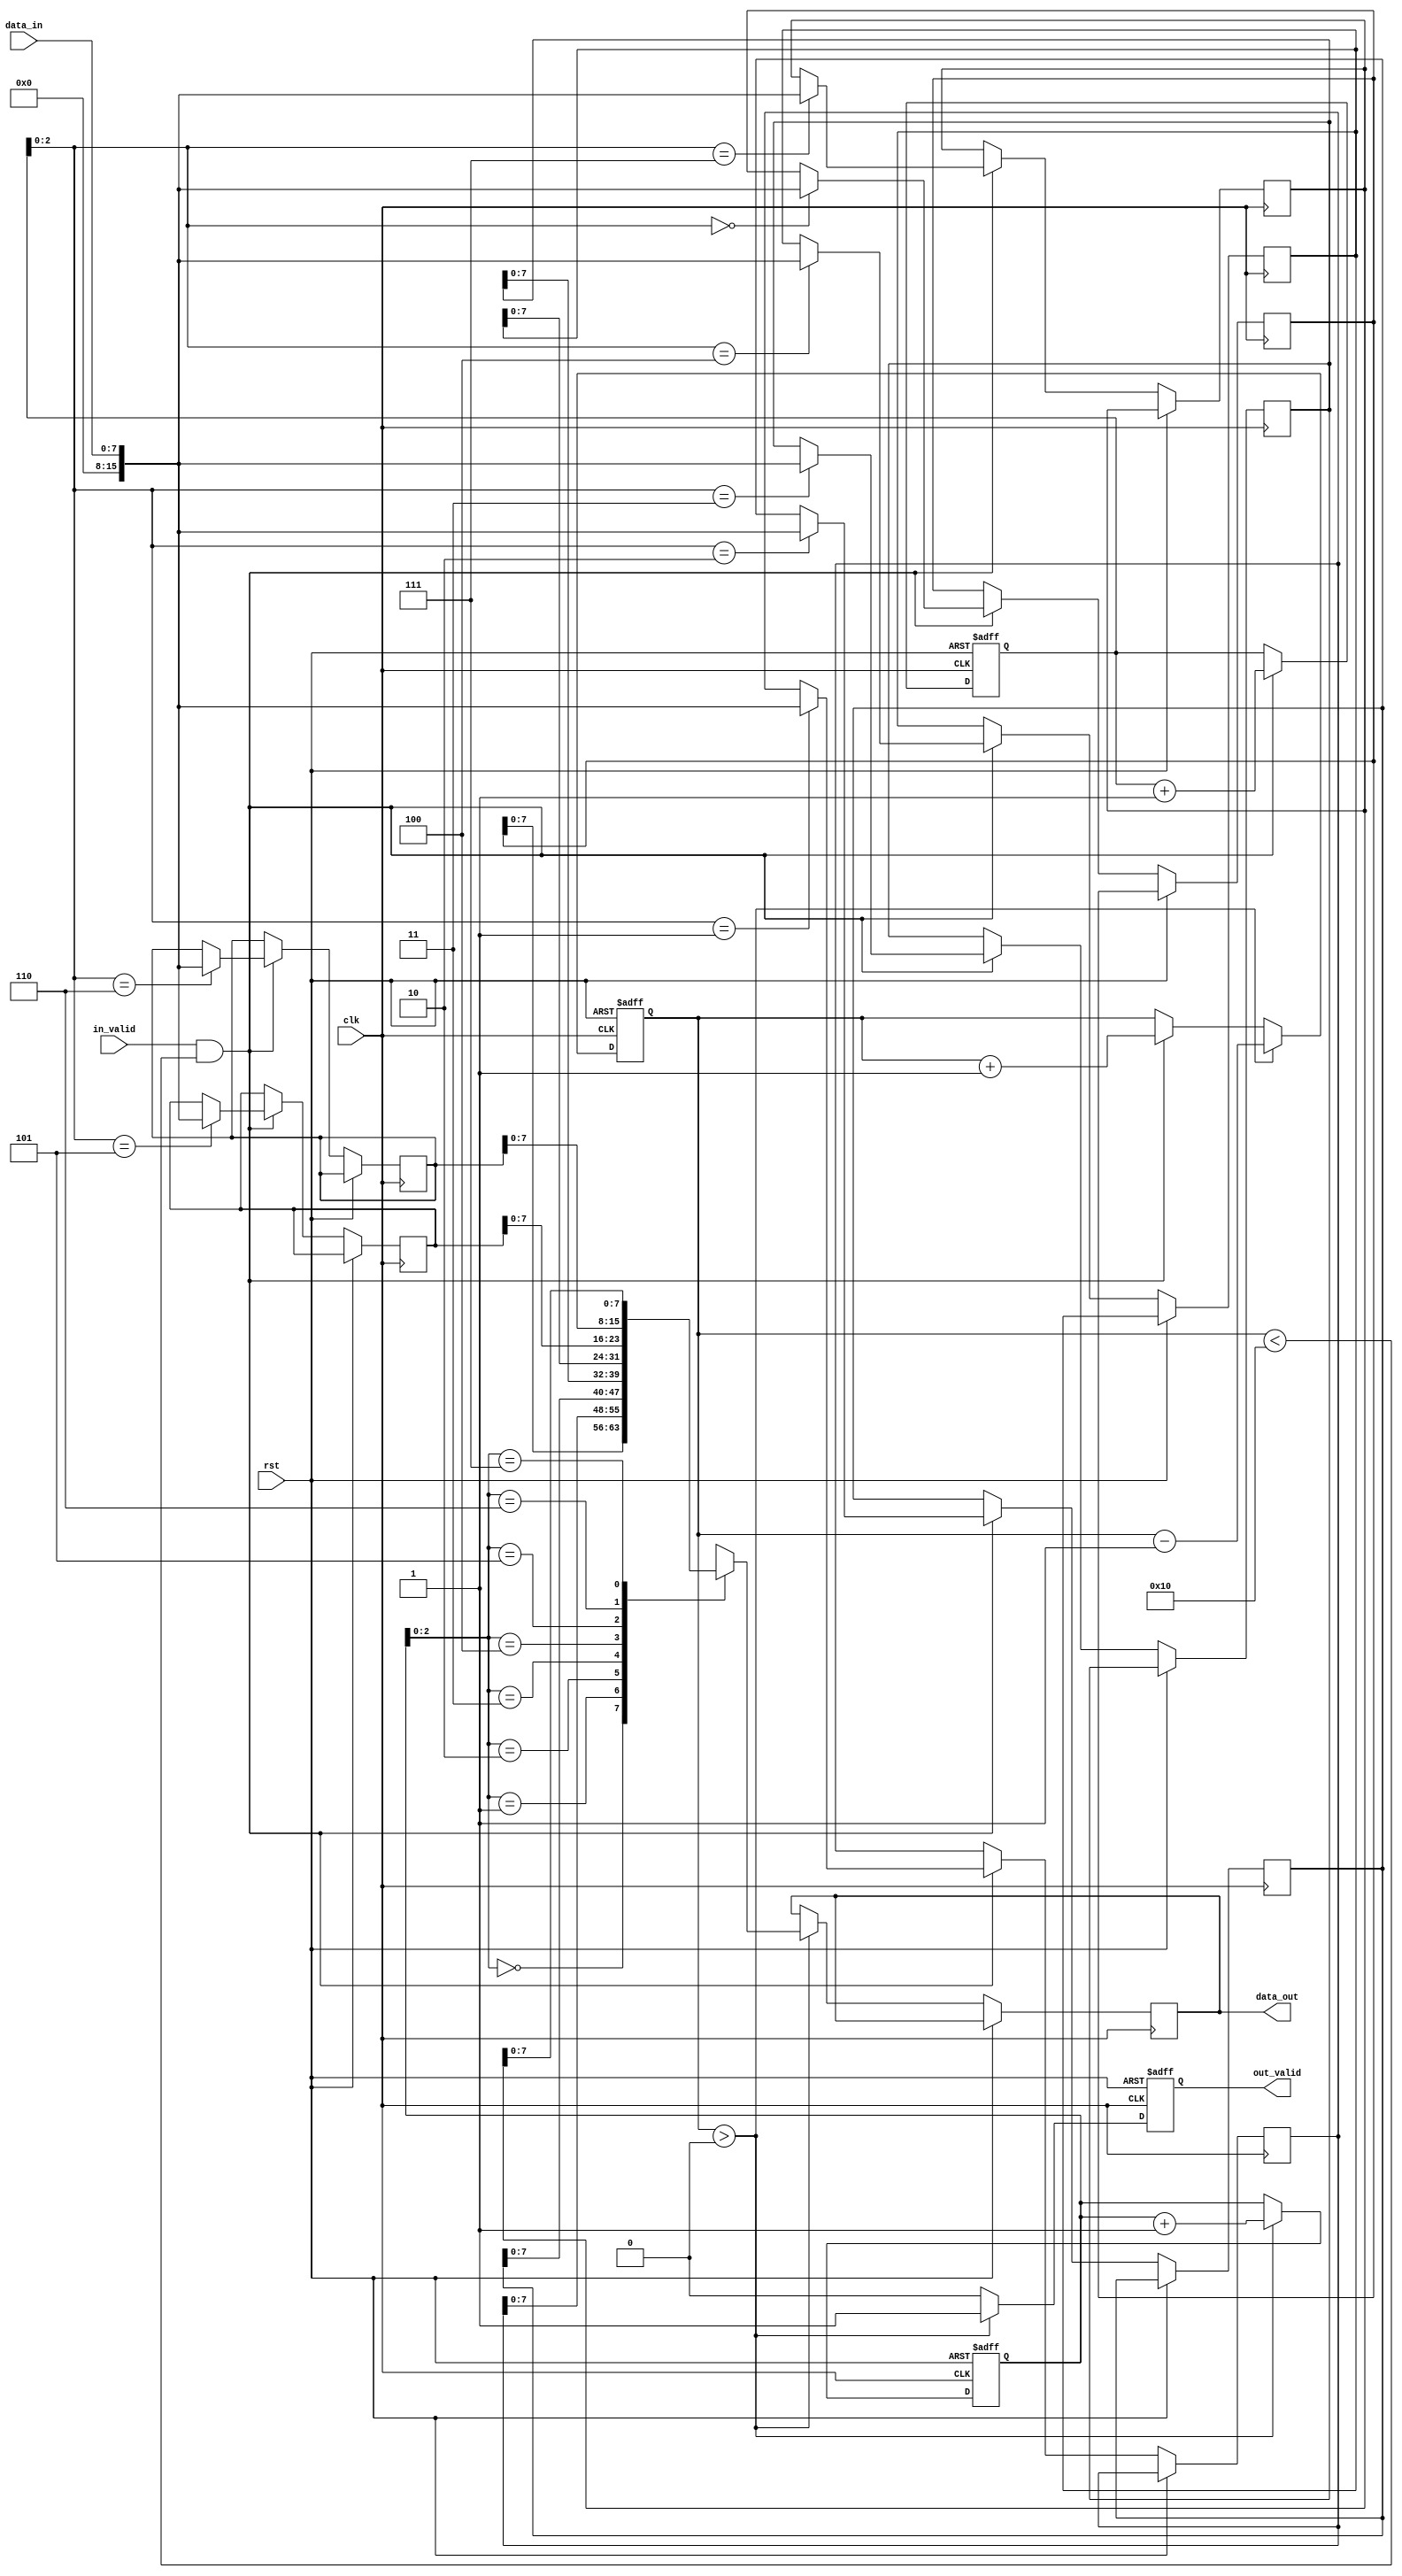
module First_Word_Fall_Through_FIFO(
    input wire clk,
    input wire rst,
    input wire in_valid,
    input wire [DATA_WIDTH-1:0] data_in,
    output reg out_valid,
    output reg [DATA_WIDTH-1:0] data_out
);

parameter DEPTH = 16;
parameter DATA_WIDTH = 8;

reg [DEPTH-1:0] fifo_mem [DATA_WIDTH-1:0];
reg [4:0] write_ptr = 0;
reg [4:0] read_ptr = 0;
reg [3:0] count = 0;

always @(posedge clk or posedge rst) begin
    if (rst) begin
        write_ptr <= 0;
        read_ptr <= 0;
        count <= 0;
        out_valid <= 0;
    end else begin
        if (in_valid && count < DEPTH) begin
            fifo_mem[write_ptr] <= data_in;
            write_ptr <= write_ptr + 1;
            count <= count + 1;
        end
        if (count > 0) begin
            data_out <= fifo_mem[read_ptr];
            read_ptr <= read_ptr + 1;
            count <= count - 1;
            out_valid <= 1;
        end else begin
            out_valid <= 0;
        end
    end
end

endmodule